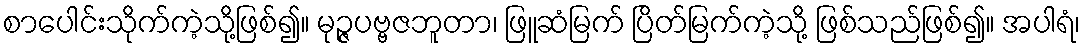
စာပေါင်းသိုက်ကဲ့သို့ဖြစ်၍။ မုဉ္ဇပဗ္ဗဇဘူတာ၊ ဖြူဆံမြက် ပြိတ်မြက်ကဲ့သို့ ဖြစ်သည်ဖြစ်၍။ အပါရံ၊